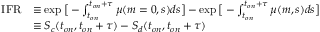
\begin{array} { r l } { \mathrm { I F R } } & { \equiv \exp { \big [ - \int _ { t _ { o n } } ^ { t _ { o n } + \tau } \mu ( m = 0 , s ) d s \big ] } - \exp { \big [ - \int _ { t _ { o n } } ^ { t _ { o n } + \tau } \mu ( m , s ) d s \big ] } } \\ & { \equiv S _ { c } ( t _ { o n } , t _ { o n } + \tau ) - S _ { d } ( t _ { o n } , t _ { o n } + \tau ) } \end{array}